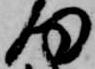
何